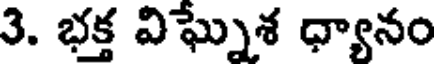
3. భక్త విఘ్నశ ధ్యానం